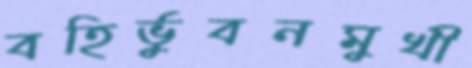
বহির্ভুবনমুখী